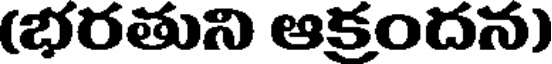
(భరతుని ఆక్రందన)